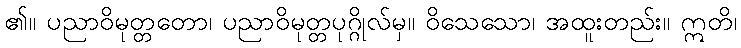
၏။ ပညာဝိမုတ္တတော၊ ပညာဝိမုတ္တပုဂ္ဂိုလ်မှ။ ဝိသေသော၊ အထူးတည်း။ ဣတိ၊